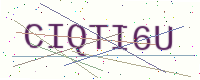
Text: CIQTI6U